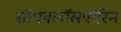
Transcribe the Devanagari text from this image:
सीफालॉसपोरिन